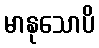
မာနုသောပိ